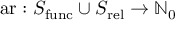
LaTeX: \operatorname { a r } : S _ { \operatorname { f u n c } } \cup S _ { \operatorname { r e l } } \rightarrow \mathbb { N } _ { 0 }